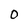
Character: 0